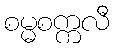
စမ္မစက္ကလီ